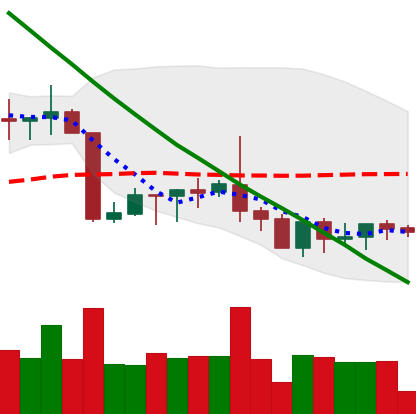
Ticker: XRP-USD
Chart end date: 2022-09-03
Forward return: 3.114%
Label: up_3_5